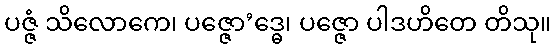
ပဇ္ဇံ သိလောကေ၊ ပဇ္ဇော’ဒ္ဓေ၊ ပဇ္ဇော ပါဒဟိတေ တိသု။